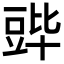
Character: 𬤷